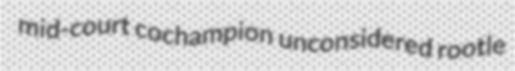
mid-court cochampion unconsidered rootle